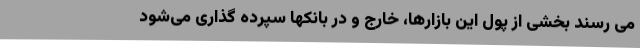
می رسند بخشی از پول این بازارها، خارج و در بانکها سپرده گذاری می‌شود